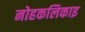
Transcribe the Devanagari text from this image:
नोहकलिकाइ